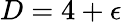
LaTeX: D=4+\epsilon